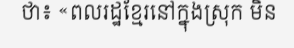
ថា៖ «ពលរដ្ឋខ្មែរនៅក្នុងស្រុក មិន